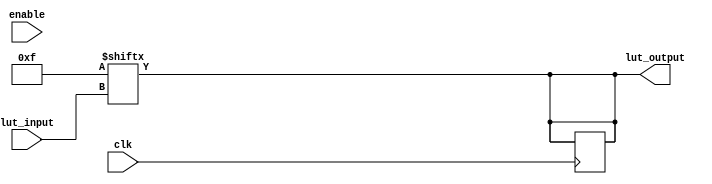
module LogicElement #(parameter N = 4, parameter M = 1)(
    input wire [N-1:0] lut_input,
    input wire [M-1:0] clk,
    input wire [M-1:0] enable,
    output wire lut_output
);
    reg [2**N-1:0] lut;  // LUT to store function values based on inputs
    reg [M-1:0] ff;      // Flip-flops for storage

    // LUT Configuration: for simplicity, let's initialize it to some fixed function
    initial begin
        lut = 'b00000000000000001111;  // Example: 4-input LUT with some logic function
        // lut = <configure your LUT as needed>;
    end

    // Combinational Logic function based on LUT
    assign lut_output = lut[lut_input];

    // Flip-Flop logic: storage on rising edge of clock with enable control
    always @(posedge clk) begin
        if (enable) begin
            ff <= lut_output;  // Store the LUT output
        end
    end
    
    // Output the value of the flip-flop
    assign lut_output = ff;
endmodule